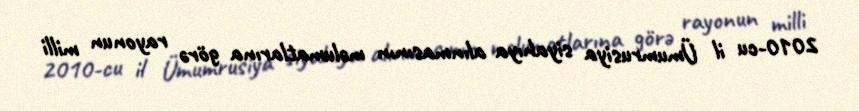
2010-cu il Ümumrusiya siyahıya alınmasının məlumatlarına görə rayonun milli